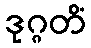
ဒုဂ္ဂတိံ